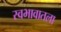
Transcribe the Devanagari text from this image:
स्वभावातला